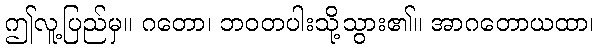
ဤလူ့ပြည်မှ။ ဂတော၊ ဘဝတပါးသို့သွား၏။ အာဂတောယထာ၊